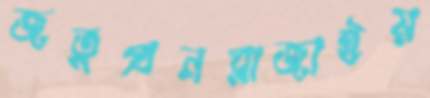
জতুপ্রনরাজাইয়